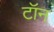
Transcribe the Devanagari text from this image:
टॉन